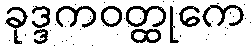
ခုဒ္ဒကဝတ္ထုကေ